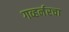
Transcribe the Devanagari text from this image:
गव्हर्नरचा